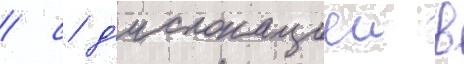
/ с д'ислокациеи в